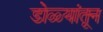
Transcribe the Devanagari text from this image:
डोळ्यांतून